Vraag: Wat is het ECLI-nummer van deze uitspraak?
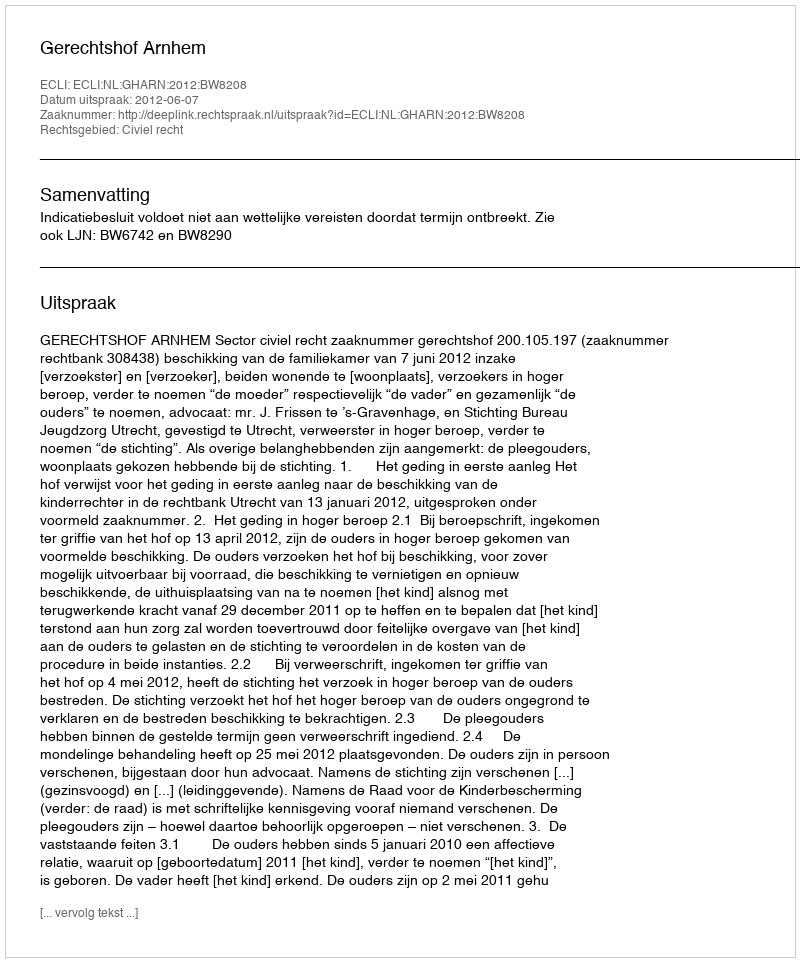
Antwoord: ECLI:NL:GHARN:2012:BW8208